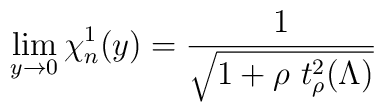
\lim_{y\to 0}\chi^1_n(y)=\frac{1}{\sqrt{1+\rho\ t_\rho^2(\Lambda)}}